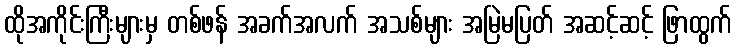
ထိုအကိုင်းကြီးများမှ တစ်ဖန် အခက်အလက် အသစ်များ အမြဲမပြတ် အဆင့်ဆင့် ဖြာထွက်